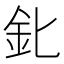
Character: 𨤽